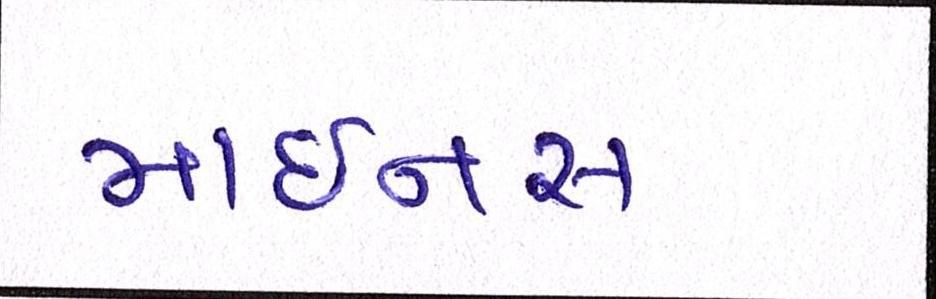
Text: માઇનસ